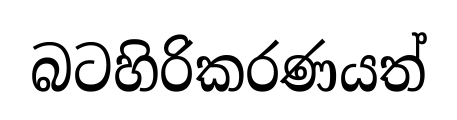
බටහිරිකරණයත්